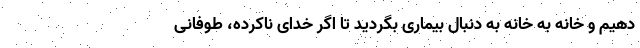
دهیم و خانه به خانه به دنبال بیماری بگردید تا اگر خدای ناکرده، طوفانی